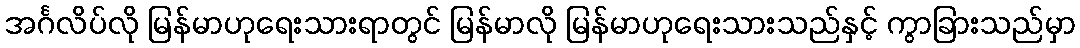
အင်္ဂလိပ်လို မြန်မာဟုရေးသားရာတွင် မြန်မာလို မြန်မာဟုရေးသားသည်နှင့် ကွာခြားသည်မှာ